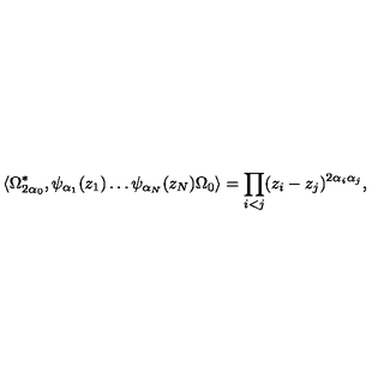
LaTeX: \langle \Omega _ { 2 \alpha _ { 0 } } ^ { * } , \psi _ { \alpha _ { 1 } } ( z _ { 1 } ) \ldots \psi _ { \alpha _ { N } } ( z _ { N } ) \Omega _ { 0 } \rangle = \prod _ { i < j } ( z _ { i } - z _ { j } ) ^ { 2 \alpha _ { i } \alpha _ { j } } ,